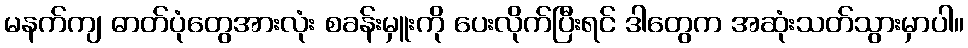
မနက်ကျ ဓာတ်ပုံတွေအားလုံး စခန်းမှူးကို ပေးလိုက်ပြီးရင် ဒါတွေက အဆုံးသတ်သွားမှာပါ။